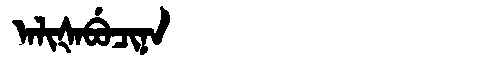
Manchu: ᠠᠯᡳᡧᠠᠪᡠᠴᡳᠨᠠ
Romanization: ALIŠABUCINA